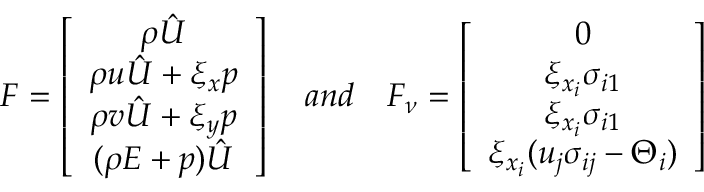
F = \left[ \begin{array} { c } { \rho \hat { U } } \\ { \rho u \hat { U } + \xi _ { x } p } \\ { \rho v \hat { U } + \xi _ { y } p } \\ { ( \rho E + p ) \hat { U } } \end{array} \right] \quad a n d \quad F _ { \nu } = \left[ \begin{array} { c } { 0 } \\ { \xi _ { x _ { i } } \sigma _ { i 1 } } \\ { \xi _ { x _ { i } } \sigma _ { i 1 } } \\ { \xi _ { x _ { i } } ( u _ { j } \sigma _ { i j } - \Theta _ { i } ) } \end{array} \right]